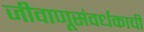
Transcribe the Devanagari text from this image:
जीवाणूसंवर्धकाची